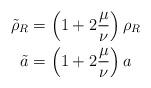
LaTeX: \begin{align*}\tilde{\rho}_R & = \left(1+2\frac{\mu}{\nu}\right)\rho_R \\ \tilde{a} & = \left(1+2\frac{\mu}{\nu}\right) a\end{align*}